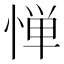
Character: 惮